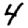
Digit: 4